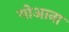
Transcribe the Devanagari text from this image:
गोआना